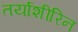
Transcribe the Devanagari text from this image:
तर्याशीरिन